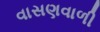
વાસણવાળી